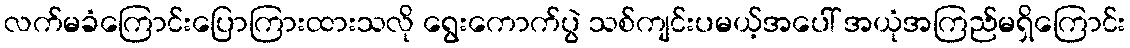
လက်မခံကြောင်းပြောကြားထားသလို ရွေးကောက်ပွဲ သစ်ကျင်းပမယ့်အပေါ် အယုံအကြည်မရှိကြောင်း